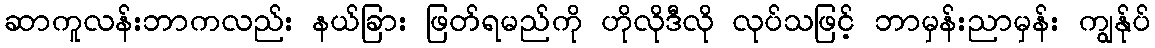
ဆာကူလန်းဘာကလည်း နယ်ခြား ဖြတ်ရမည်ကို ဟိုလိုဒီလို လုပ်သဖြင့် ဘာမှန်းညာမှန်း ကျွန်ုပ်